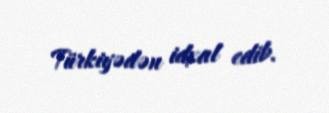
Türkiyədən idxal edib.